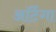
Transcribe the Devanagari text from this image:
ऑर्टेगा